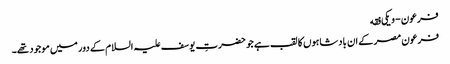
فرعون - ویکی فقه
فرعون مصر کے ان بادشاہوں کا لقب ہے جو حضرتِ یوسف علیہ السلام کے دور میں موجود تھے۔